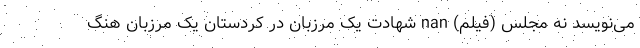
می‌نویسد نه مجلس (فیلم) nan شهادت یک مرزبان در کردستان یک مرزبان هنگ